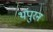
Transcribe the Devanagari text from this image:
थंपुरन